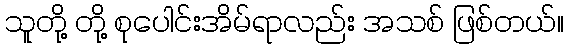
သူတို့ တို့ စုပေါင်းအိမ်ရာလည်း အသစ် ဖြစ်တယ်။